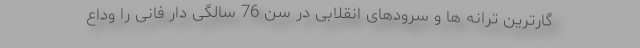
گارترین ترانه ها و سرودهای انقلابی در سن 76 سالگی دار فانی را وداع